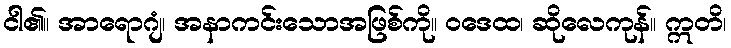
ငါ၏။ အာရောဂျံ၊ အနာကင်းသောအဖြစ်ကို။ ဝဒေထ၊ ဆိုလေကုန်။ ဣတိ၊